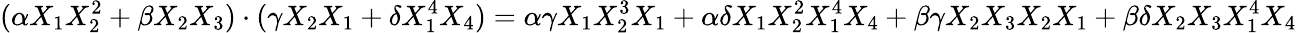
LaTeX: (\alpha X_{1}X_{2}^{2}+\beta X_{2}X_{3})\cdot(\gamma X_{2}X_{1}+\delta X_{1}^{4}X_{4})=\alpha\gamma X_{1}X_{2}^{3}X_{1}+\alpha\delta X_{1}X_{2}^{2}X_{1}^{4}X_{4}+\beta\gamma X_{2}X_{3}X_{2}X_{1}+\beta\delta X_{2}X_{3}X_{1}^{4}X_{4}